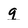
Character: g